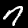
Digit: 7